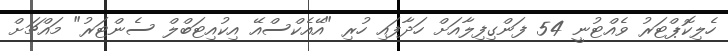
ހެލިކޮޕްޓަރު ވެއްޓުނީ 54 ފަންގިފިލާއަށް ހަދާފައި ހުރި "އޭއެކްސްއޭ އިކުއިޓަބްލް ސެންޓަރު" މައްޗަށް